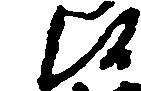
候